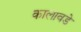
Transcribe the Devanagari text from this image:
कालावडे